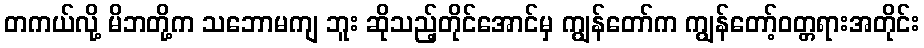
တကယ်လို့ မိဘတို့က သဘောမကျ ဘူး ဆိုသည့်တိုင်အောင်မှ ကျွန်တော်က ကျွန်တော့်ဝတ္တရားအတိုင်း